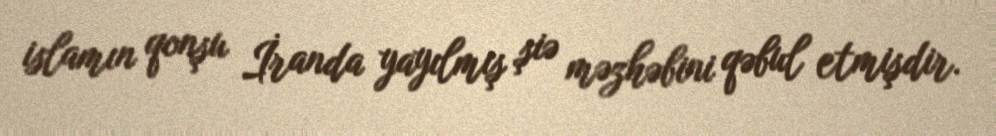
islamın qonşu İranda yayılmış şiə məzhəbini qəbul etmişdir.